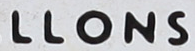
LLONS